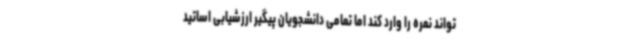
تواند نمره را وارد کند اما تمامی دانشجویان پیگیر ارزشیابی اساتید